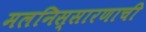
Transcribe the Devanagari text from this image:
मलनिस्सारणाची